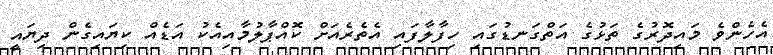
އެހެންވެ މައިދޮރުގެ ތަޅުގެ އަތްގަނޑުގައި ހިފާލާފައި އެތެރެއަށް ކޮއްޕާލުމާއިއެކު އަޑެއް ކިޔައިގެން ދިޔައީ